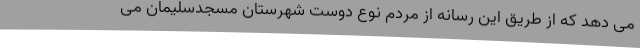
می دهد که از طریق این رسانه از مردم نوع‌ دوست شهرستان مسجدسلیمان می